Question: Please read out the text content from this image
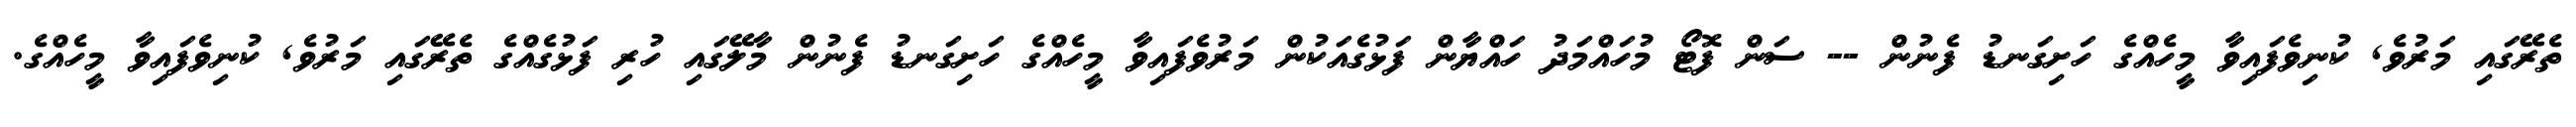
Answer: ތެރޭގައި މަރުވެ, ކުނިވެފައިވާ މީހެއްގެ ހަށިގަނޑު ފެނުން -- ސަން ފޮޓޯ މުހައްމަދު ހައްޔާން ފަޅުގެއަކުން މަރުވެފައިވާ މީހެއްގެ ހަށިގަނޑު ފެނުން މާލޭގައި ހުރި ފަޅުގެއްގެ ތެރޭގައި މަރުވެ, ކުނިވެފައިވާ މީހެއްގެ.